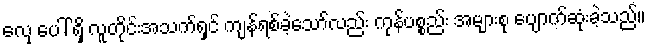
လှေ ပေါ် ရှိ လူတိုင်းအသက်ရှင် ကျန်ရစ်ခဲ့သော်လည်း ကုန်ပစ္စည်း အများစု ပျောက်ဆုံးခဲ့သည်။